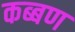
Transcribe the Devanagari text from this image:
कब्बण